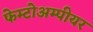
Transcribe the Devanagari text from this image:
फेम्टोअम्पीयर